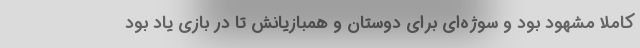
کاملا مشهود بود و سوژه‌ای برای دوستان و همبازیانش تا در بازی یاد بود